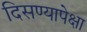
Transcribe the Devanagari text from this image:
दिसण्यापेक्षा